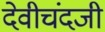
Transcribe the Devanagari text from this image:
देवीचंदजी